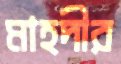
মাহদীর